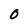
Character: 0